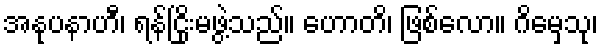
အနုပနာဟီ၊ ရန်ငြိုးမဖွဲ့သည်။ ဟောတိ၊ ဖြစ်လော။ ဂိမှေသု၊